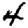
Digit: 4